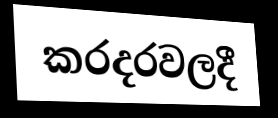
කරදරවලදී